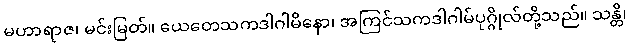
မဟာရာဇ၊ မင်းမြတ်။ ယေတေသကဒါဂါမိနော၊ အကြင်သကဒါဂါမ်ပုဂ္ဂိုလ်တို့သည်။ သန္တိ၊